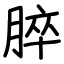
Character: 脺